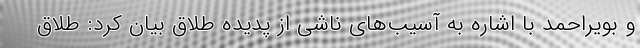
و بویراحمد با اشاره به آسیب‌های ناشی از پدیده طلاق بیان کرد: طلاق